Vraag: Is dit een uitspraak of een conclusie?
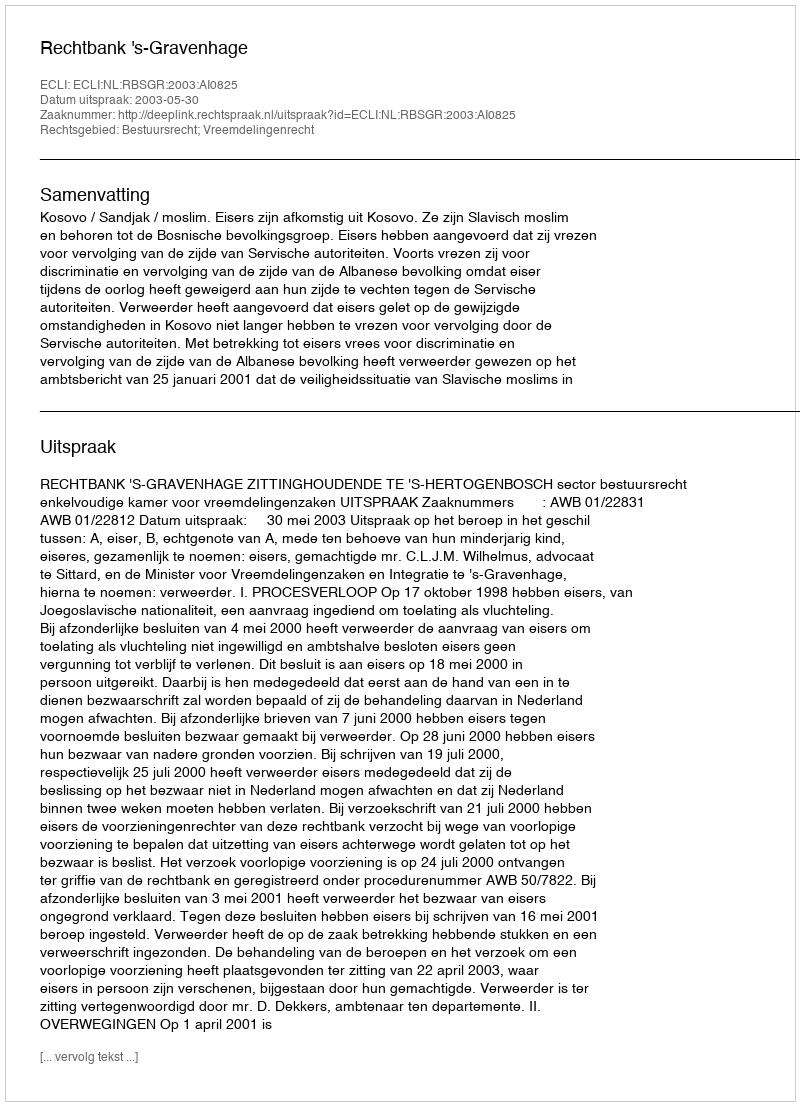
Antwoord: Uitspraak